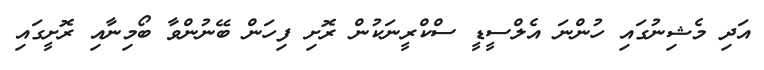
އަދި މެޝިނުގައި ހުންނަ އެލްސީޑީ ސްކްރީނަކުން ރޮށި ފިހަން ބޭނުންވާ ބޯމިނާއި ރޮށީގައި